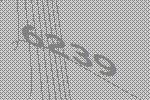
6239